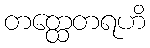
တတ္ထေတရဟိ